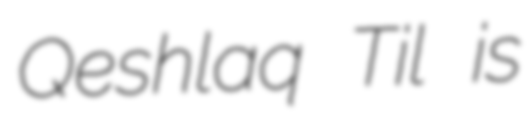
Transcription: Qeshlaq Til is